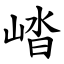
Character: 崉